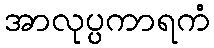
အာလုပ္ပကာရကံ